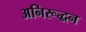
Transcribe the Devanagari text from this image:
अनिरूद्धन